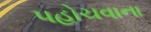
પહોચવાના